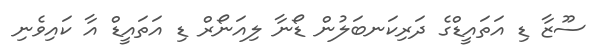
ސޫޒާ ޑި އަތައީޑްގެ ދަރިކަނބަލުން ޑޯނާ ލިއަނޯރް ޑި އަތައީޑް އާ ކައިވެނި